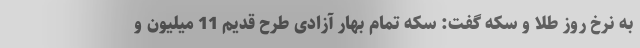
به نرخ روز طلا و سکه گفت: سکه تمام بهار آزادی طرح قدیم 11 میلیون و